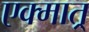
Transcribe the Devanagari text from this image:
एक्मात्र्